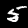
Digit: 5